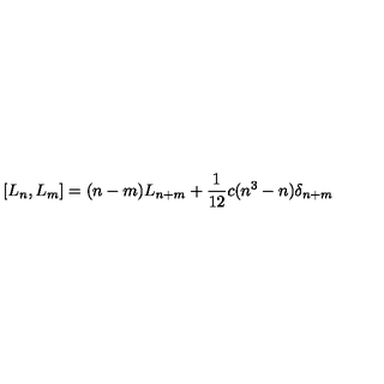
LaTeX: \left[ L _ { n } , L _ { m } \right] = ( n - m ) L _ { n + m } + \frac { 1 } { 1 2 } c ( n ^ { 3 } - n ) \delta _ { n + m }